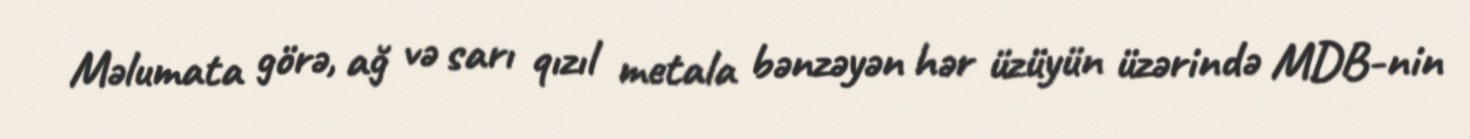
Məlumata görə, ağ və sarı qızıl metala bənzəyən hər üzüyün üzərində MDB-nin